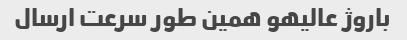
باروژ عالیهو همین طور سرعت ارسال